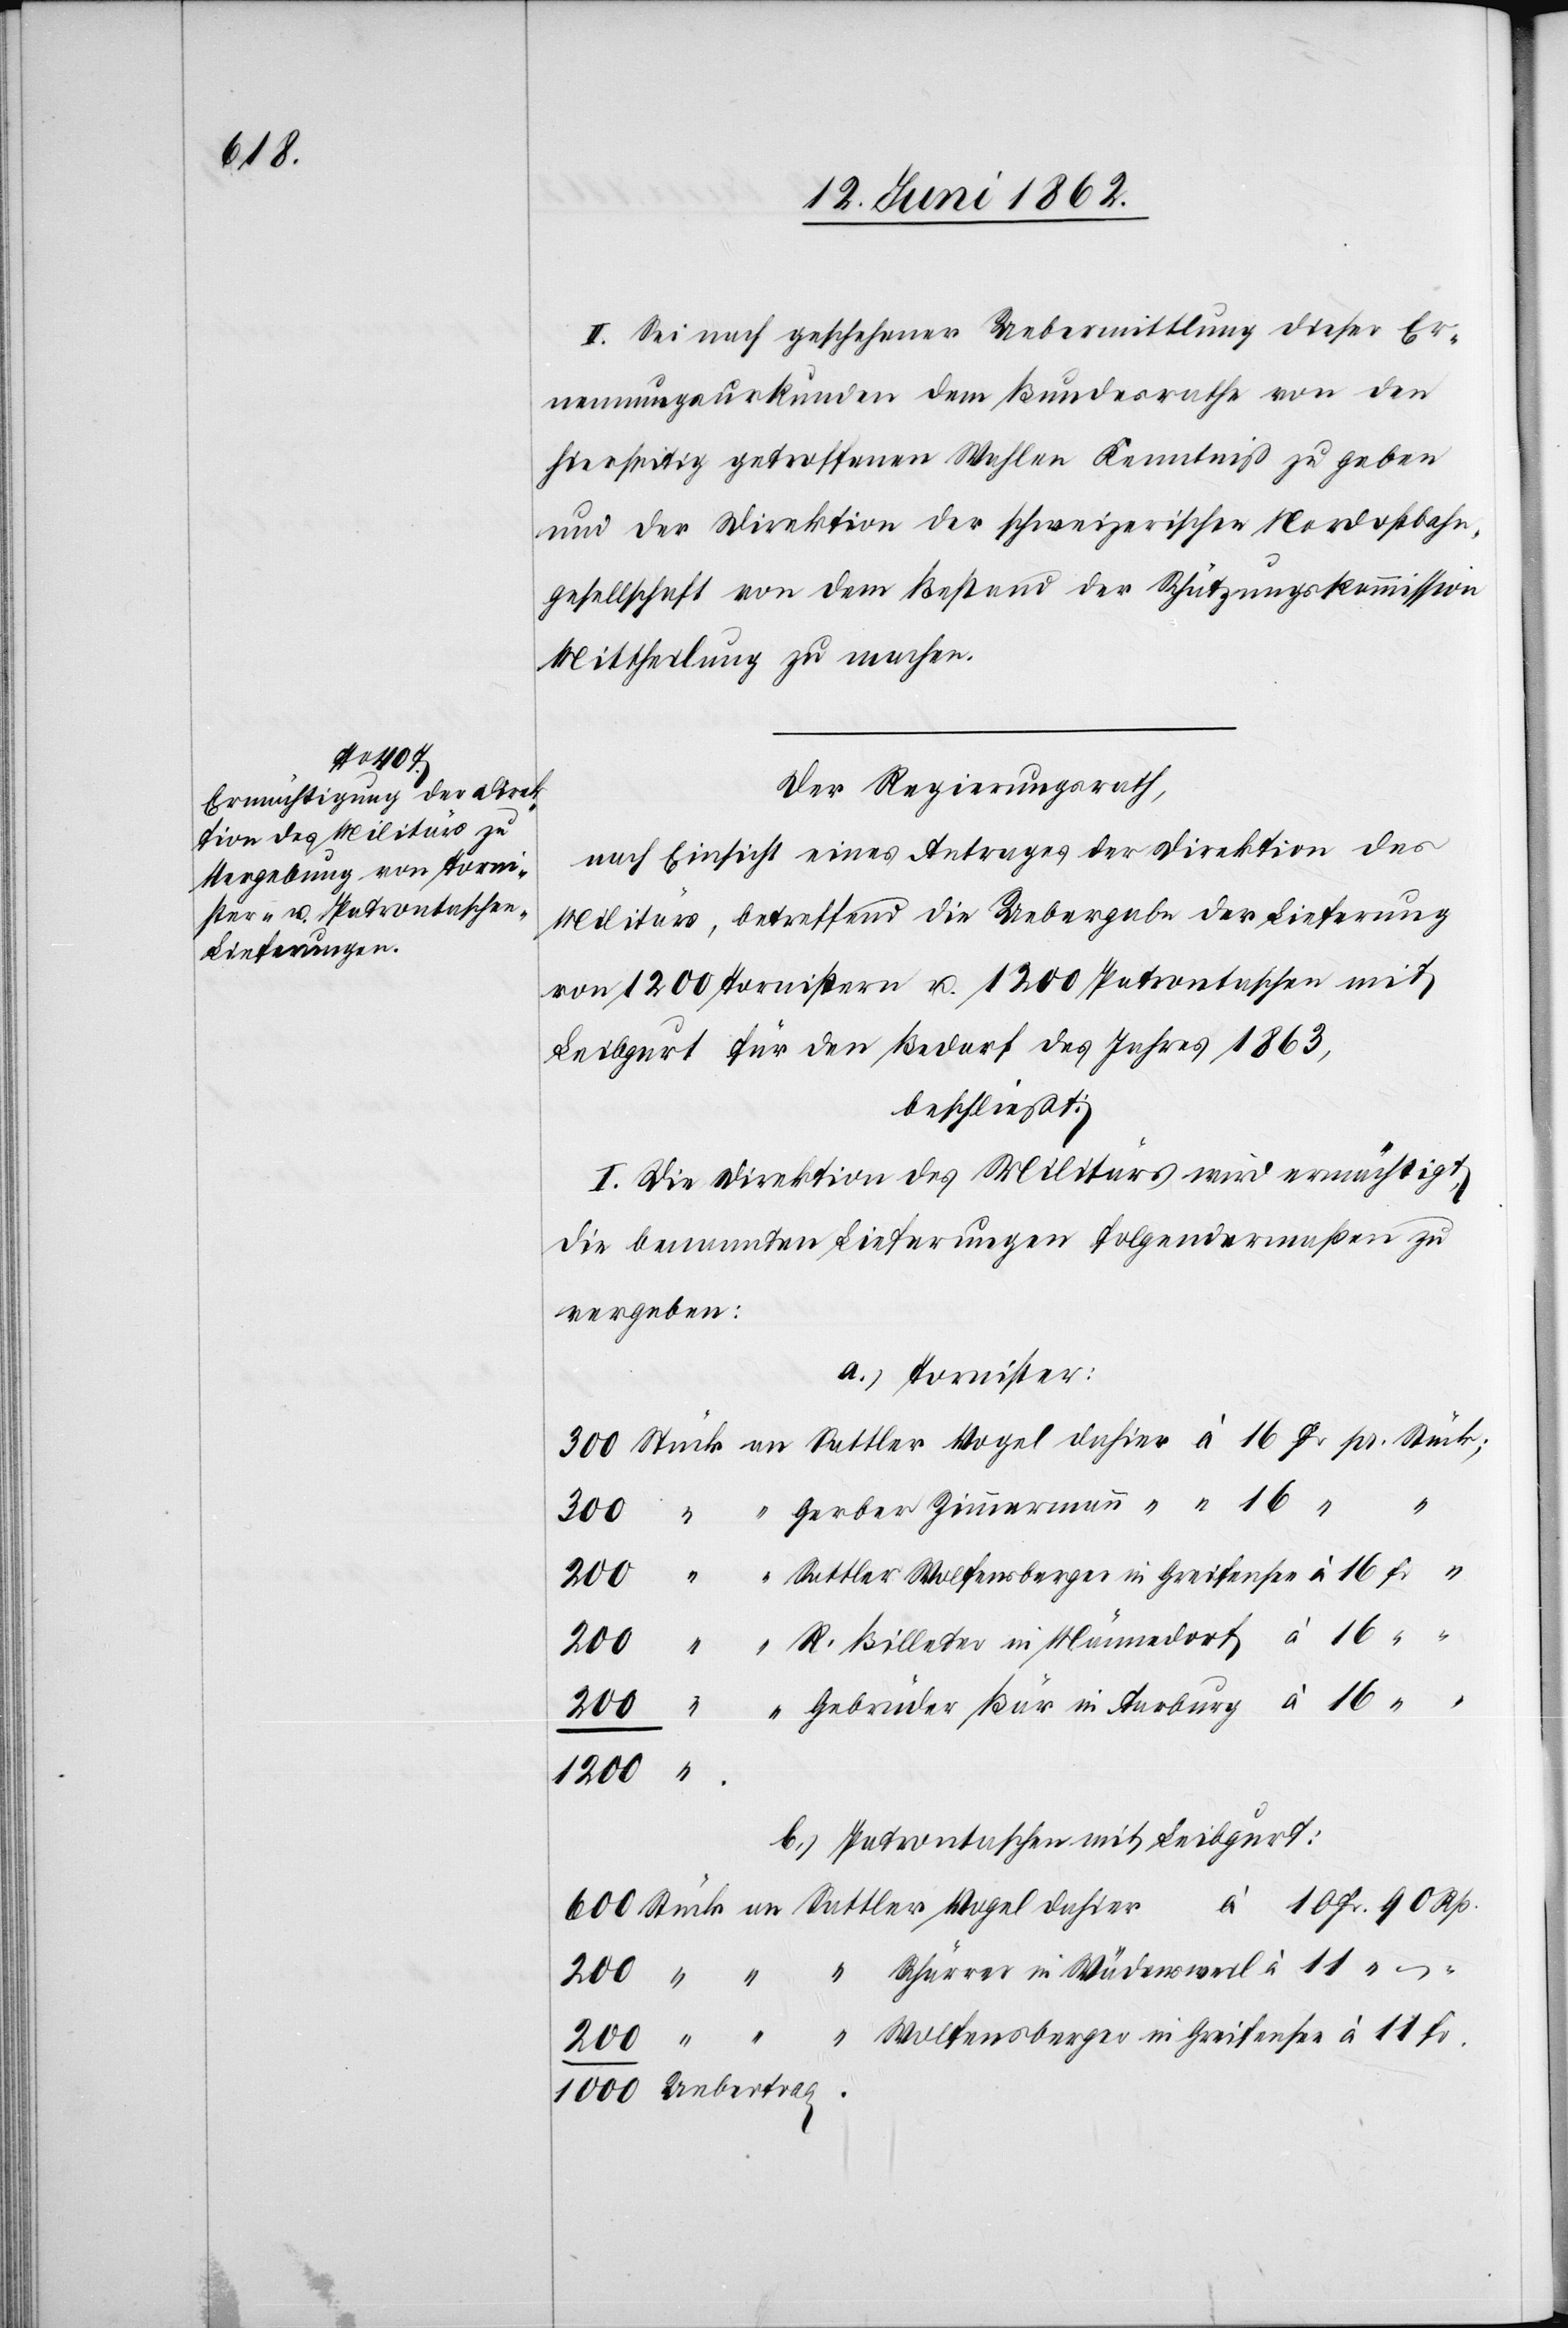
90 Rp.

II. Sei nach geschehener Uebermittlung dieser Er¬
nennungsurkunden dem Bundesrathe von den
hierseitig getroffenen Wahlen Kenntniß zu geben
und der Direktion der schweizerischen Nordostbahn¬
gesellschaft von dem Bestand der Schätzungskommission
Mittheilung zu machen.
Der Regierungsrath,
nach Einsicht eines Antrages der Direktion des
Militärs, betreffend die Uebergabe der Lieferung
von 1200 Tornistern u. 1200 Patronentaschen mit
Leibgurt für den Bedarf des Jahres 1863,
beschließt:
I. Die Direktion des Militärs wird ermächtigt,
die benannten Lieferungen folgendermaßen zu
vergeben:
a) Tornister
“
trag
1000
b) Patronentaschen mit Leibgurt: